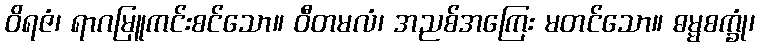
ဝိရဇံ၊ ရာဂမြူကင်းစင်သော။ ဝီတမလံ၊ အညစ်အကြေး မတင်သော။ ဓမ္မစက္ခုံ၊